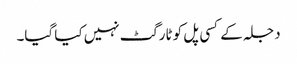
دجلہ کے کسی پل کو ٹارگٹ نہیں کیا گیا۔